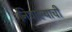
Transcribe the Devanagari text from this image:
निघाल्याची